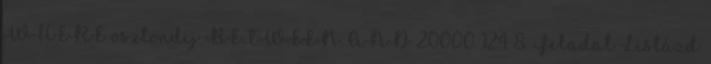
WHERE osztondij BETWEEN AND 20000 124 8. Feladat Listázd